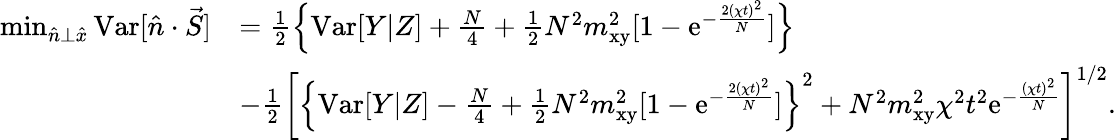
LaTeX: \begin{array}{rl}{\operatorname*{min}_{\hat{n}\bot\hat{x}}{\mathrm{Var}[\hat{n}\cdot\vec{S}]}}&{=\frac{1}{2}\left\{ \mathrm{Var}[Y|Z]+\frac{N}{4}+\frac{1}{2}N^{2}m_{\mathrm{xy}}^{2}[1-\mathrm{e}^{-\frac{2(\chi t)^{2}}{N}}]\right\} }\\ &{-\frac{1}{2}\left[\left\{ \mathrm{Var}[Y|Z]-\frac{N}{4}+\frac{1}{2}N^{2}m_{\mathrm{xy}}^{2}[1-\mathrm{e}^{-\frac{2(\chi t)^{2}}{N}}]\right\} ^{2}+N^{2}m_{\mathrm{xy}}^{2}\chi^{2}t^{2}\mathrm{e}^{-\frac{(\chi t)^{2}}{N}}\right]^{1/2}.}\end{array}